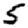
Digit: 5